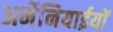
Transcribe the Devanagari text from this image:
अर्मेनियाईयों